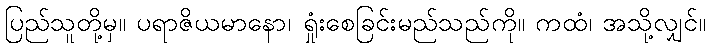
ပြည်သူတို့မှ။ ပရာဇိယမာနော၊ ရှုံးစေခြင်းမည်သည်ကို။ ကထံ၊ အသို့လျှင်။